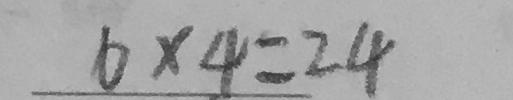
6 \times 4 = 2 4